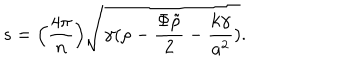
LaTeX: s = \Big ( { \frac { 4 \pi } { n } } \Big ) \sqrt { \gamma ( \rho - { \frac { \Phi \tilde { \rho } } { 2 } } - { \frac { k \gamma } { a ^ { 2 } } } ) } .